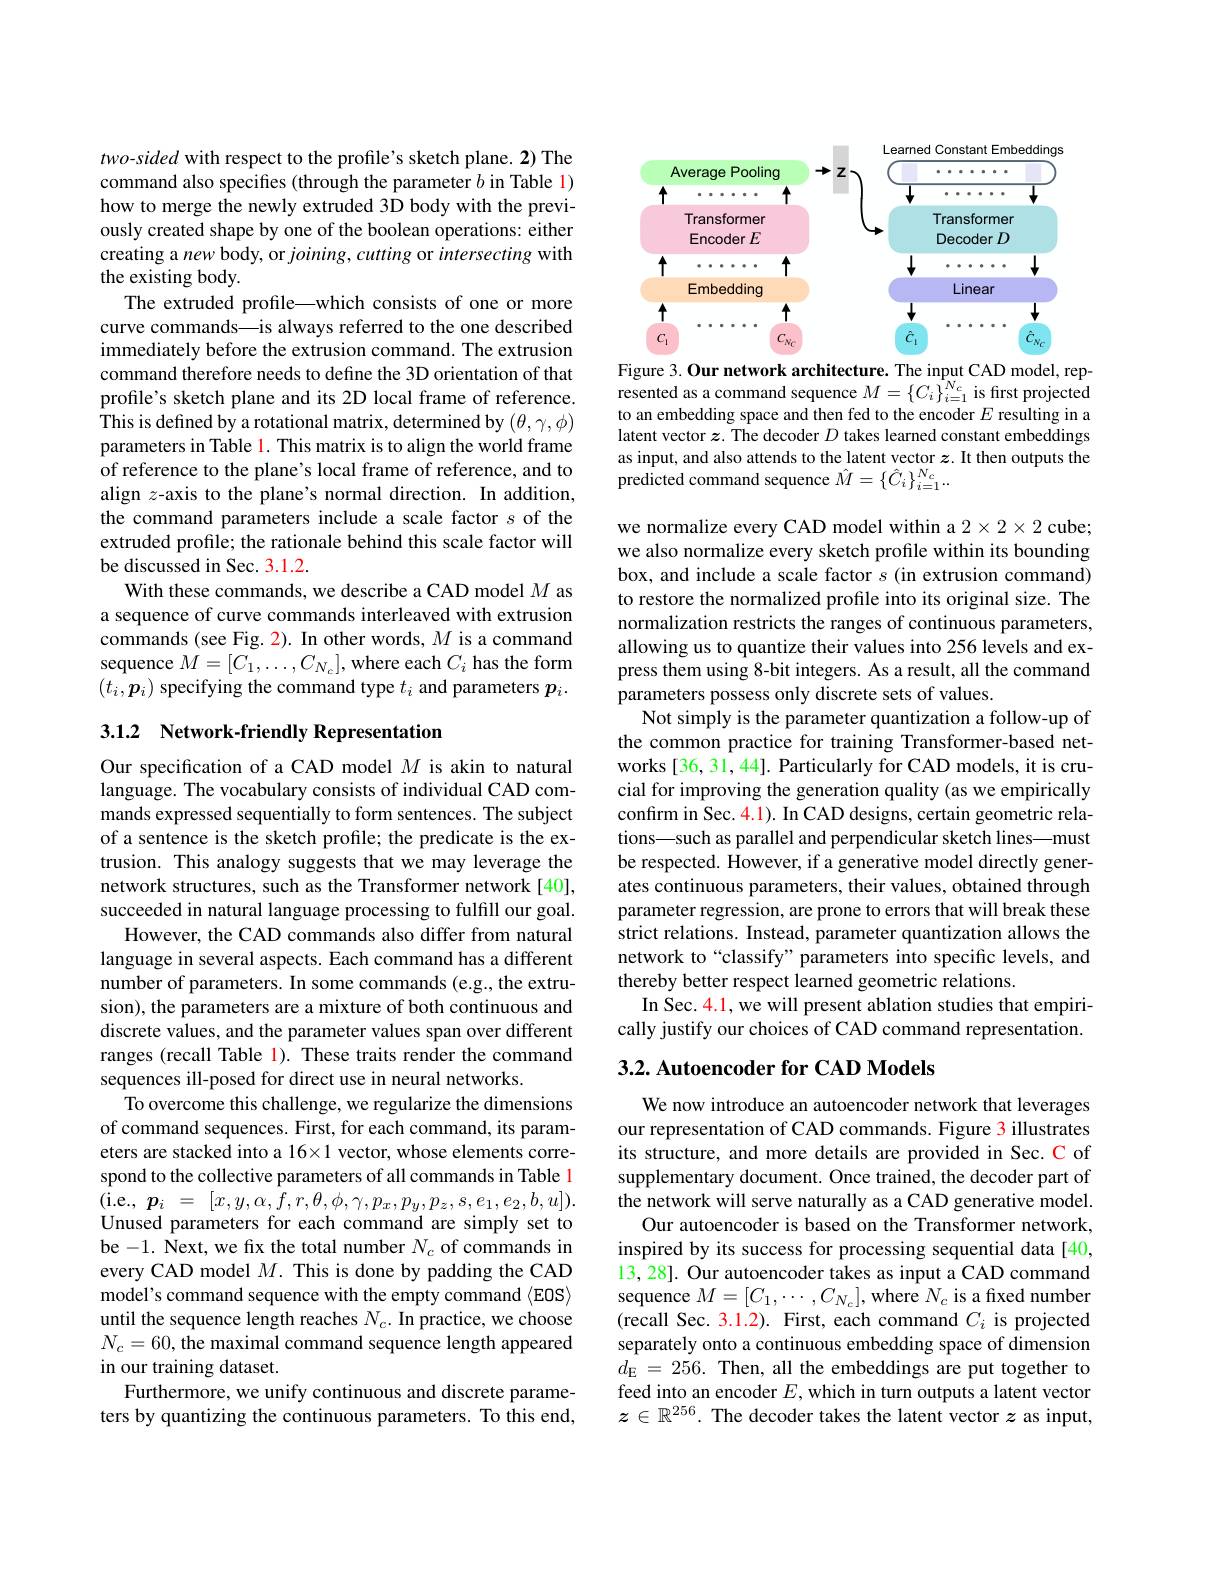
two-sided with respect to the profile's sketch plane. 2) The command also specifies (through the parameter $b$ in Table l) how to merge the newly extruded 3D body with the previously created shape by one of the boolean operations: either creating a new body, or $joining,cutting$ or intersecting with the existing body.
The extruded profile—which consists of one or more curve commands\_is always referred to the one described immediately before the extrusion command. The extrusion command therefore needs to define the 3D orientation of that profile's sketch plane and its 2D local frame of reference. This is defined by a rotational matrix, determined by $(\theta,\gamma,\phi)$ parameters in Table 1. This matrix is to align the world frame of reference to the plane's local frame of reference, and to align $z$-axis to the plane's normal direction. In addition, the command parameters include a scale factor $s$ of the extruded profile; the rationale behind this scale factor will be discussed in Sec. 3.1.2.
With these commands, we describe a CAD model $M$ as a sequence of curve commands interleaved with extrusion commands (see Fig. 2). In other words, $M$ is a command sequence $M=[C_1,\ldots,C_{N_c}]$, where each $C_i$ has the form $(t_i,p_i)$ specifying the command type $t_i$ and parameters $p_i.$

## 3.1.2 Network-friendly Representation

Our specification of a CAD model $M$ is akin to natural language. The vocabulary consists of individual CAD commands expressed sequentially to form sentences. The subject of a sentence is the sketch profile; the predicate is the extrusion. This analogy suggests that we may leverage the network structures, such as the Transformer network [40], succeeded in natural language processing to fulfill our goal.
However, the CAD commands also differ from natural language in several aspects. Each command has a different number of parameters. In some commands (e.g., the extrusion), the parameters are a mixture of both continuous and discrete values, and the parameter values span over different ranges (recall Table l). These traits render the command sequences ill-posed for direct use in neural networks.
To overcome this challenge, we regularize the dimensions of command sequences. First, for each command, its parameters are stacked into a 16×1 vector, whose elements correspond to the collective parameters of all commands in Table 1 $\begin{array}{rcl}{\mathrm{(i.e,~}p_{i}~=~[x,y,\alpha,f,r,\theta,\phi,\gamma,p_{x},p_{y},p_{z},s,e_{1},e_{2},b,u]).}\\\end{array}$ Unused parameters for each command are simply set to be -1. Next, we fix the total number $N_c$ of commands in every CAD model $M.$ This is done by padding the CAD model's command sequence with the empty command $\langle$EOS$\rangle$ until the sequence length reaches $N_c.$ In practice, we choose $N_c=60$, the maximal command sequence length appeared in our training dataset.
Furthermore, we unify continuous and discrete parameters by quantizing the continuous parameters. To this end,

<FigureHere>

Figure 3. Our network architecture. The input CAD model, represented as a command sequence $M=\{C_i\}_{i=1}^{N_c}$ is first projected to an embedding space and then fed to the encoder $E$ resulting in a latent vector $z$. The decoder $D$ takes learned constant embeddings as input, and also attends to the latent vector $z.$ It then outputs the predicted command sequence $\hat{M}=\left\{\hat{C}_i\right\}_{i=1}^{N_c}.$

we normalize every CAD model within a $2\times2\times2$ cube; we also normalize every sketch profile within its bounding box, and include a scale factor $s$ (in extrusion command) to restore the normalized profile into its original size. The normalization restricts the ranges of continuous parameters, allowing us to quantize their values into 256 levels and express them using 8-bit integers. As a result, all the command parameters possess only discrete sets of values.
Not simply is the parameter quantization a follow-up of the common practice for training Transformer-based networks [36, 31, 44]. Particularly for CAD models, it is crucial for improving the generation quality (as we empirically confırm in Sec. 4.1). In CAD designs, certain geometric relations—such as parallel and perpendicular sketch lines—must be respected. However, if a generative model directly generates continuous parameters, their values, obtained through parameter regression, are prone to errors that will break these strict relations. Instead, parameter quantization allows the network to“classify”parameters into specific levels, and thereby better respect learned geometric relations.
In Sec. 4.1, we will present ablation studies that empirically justify our choices of CAD command representation.

## 3.2. Autoencoder for CAD Models

We now introduce an autoencoder network that leverages our representation of CAD commands. Figure 3 illustrates its structure, and more details are provided in Sec. C of supplementary document. Once trained, the decoder part of the network will serve naturally as a CAD generative model.
Our autoencoder is based on the Transformer network, inspired by its success for processing sequential data[40, 13, 28]. Our autoencoder takes as input a CAD command sequence $M=[C_1,\cdots,C_{N_c}]$,where $N_c$ is a fixed number (recall Sec. 3.1.2). First, each command $C_i$ is projected separately onto a continuous embedding space of dimension $d_{\mathrm{E}}=256.$ Then, all the embeddings are put together to feed into an encoder $E$, which in turn outputs a latent vector $z\in\mathbb{R}^{256}.$ The decoder takes the latent vector $z$ as input,